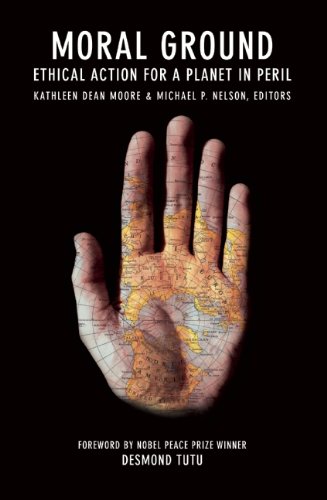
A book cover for Moral Ground: Ethical Action for a Planet in Peril; Kathleen  Dean Moore; Science & Math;